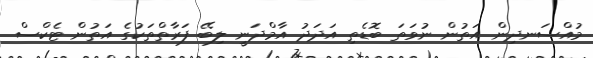
މުއްސަނދިން އަތުން ނުވަތަ ބޮޑެތި އަދަދު އާމްދަނީ ލިބޭ ފަރާތްތަކުގެ އަތުން ޓެކްސް